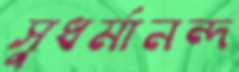
সুধর্মানন্দ